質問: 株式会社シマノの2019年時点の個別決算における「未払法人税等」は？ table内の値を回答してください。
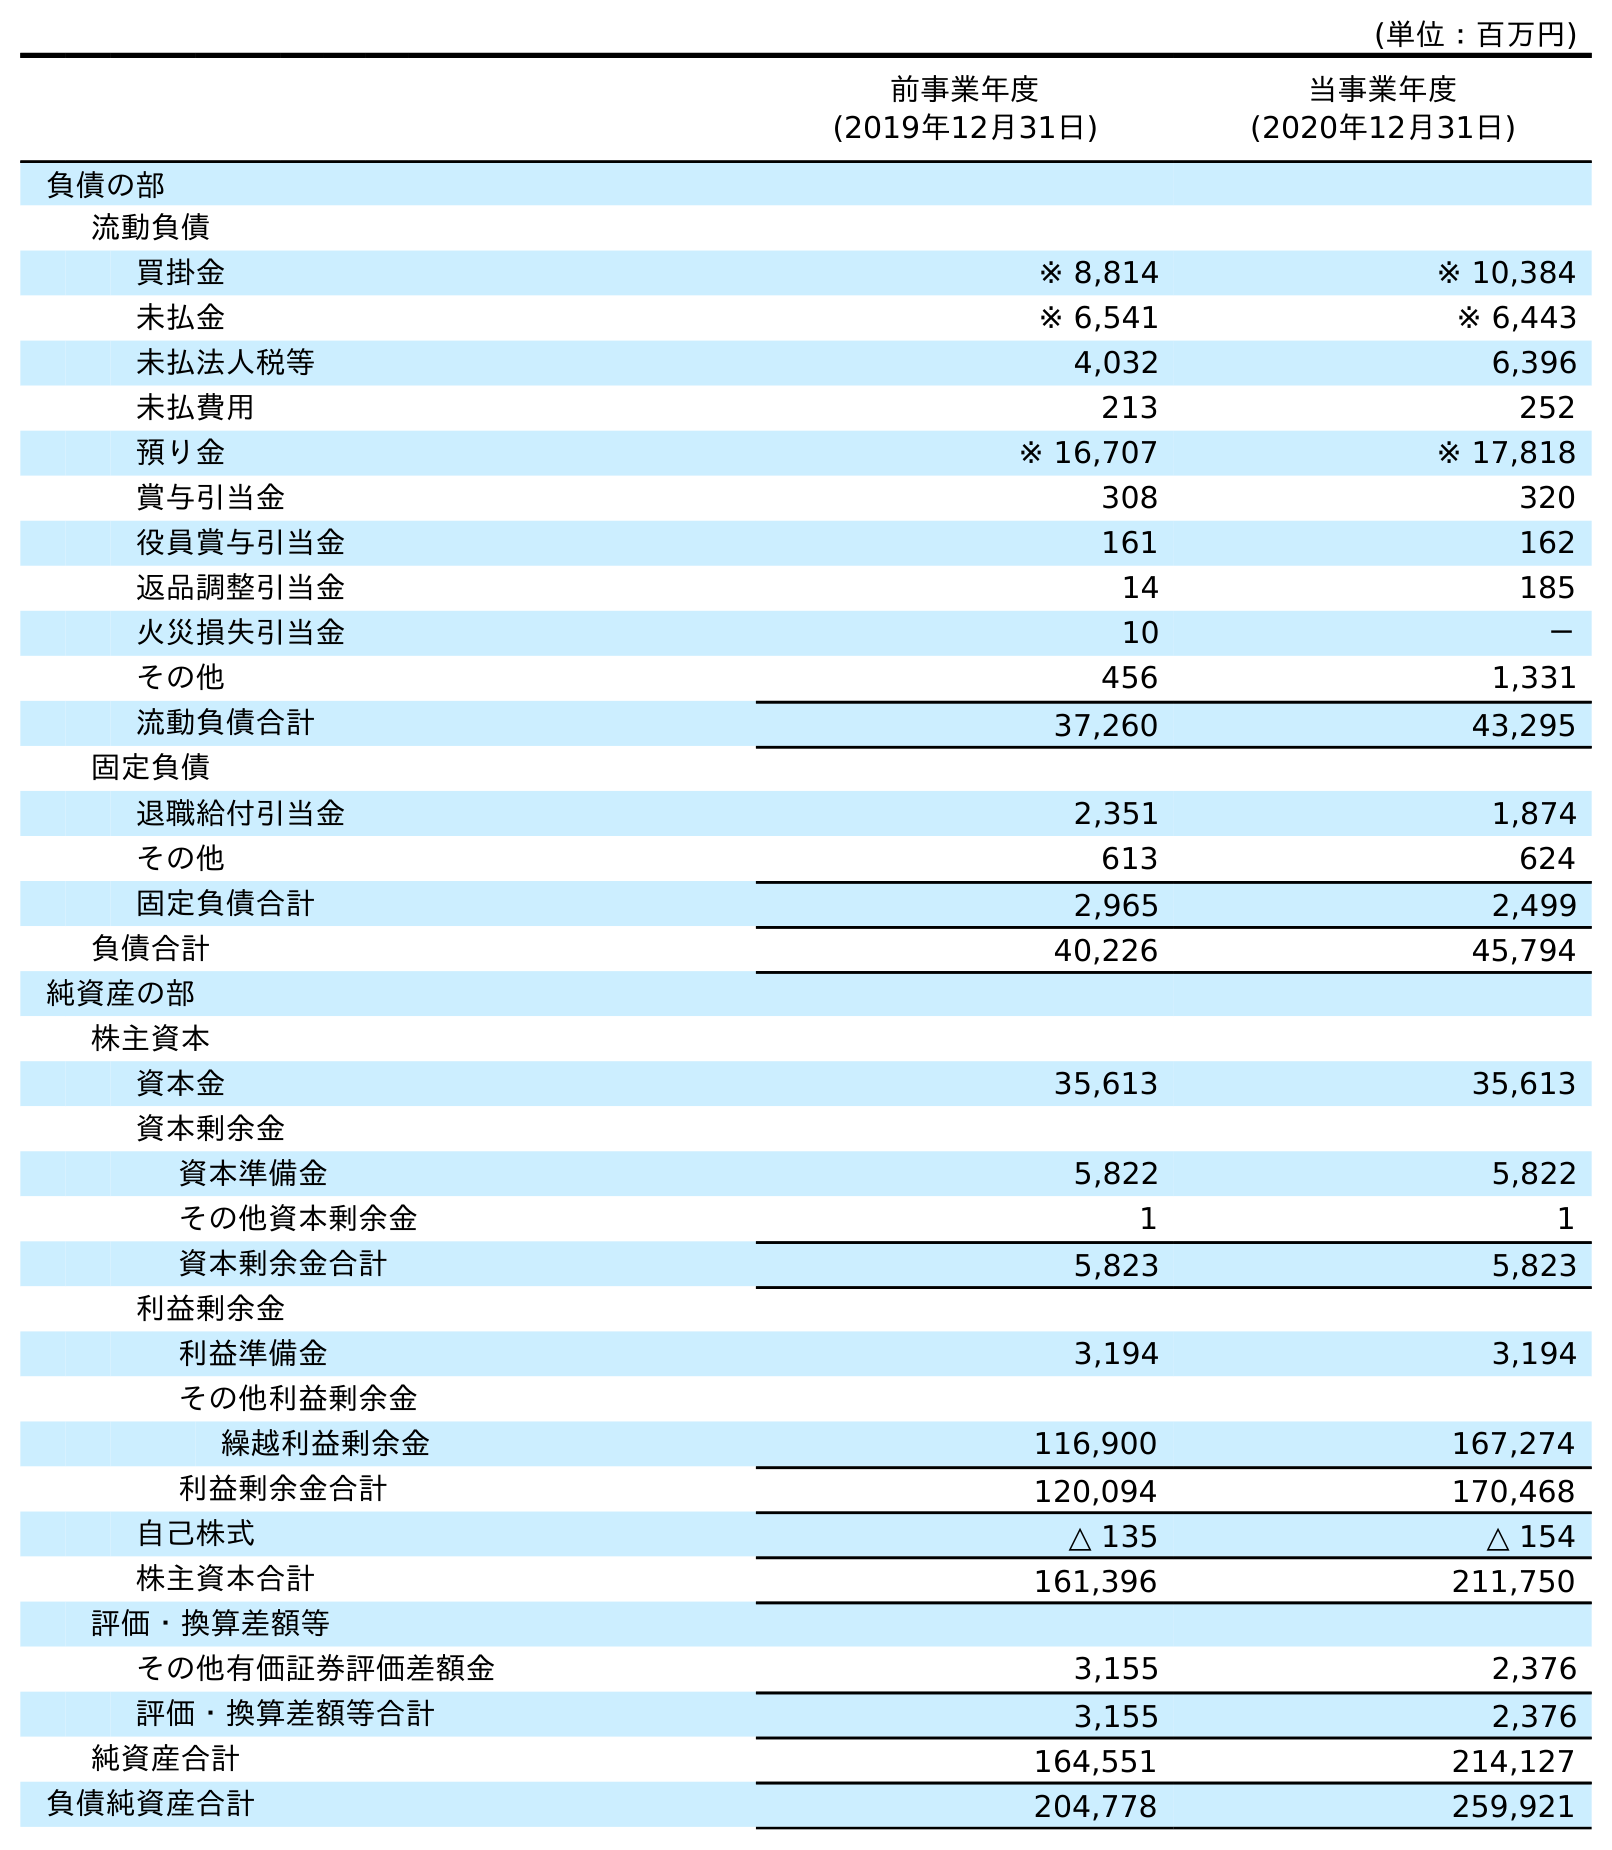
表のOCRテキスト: (単位：百万円) 前事業年度 (2019年12月31日) 当事業年度 (2020年12月31日) 負債の部 流動負債 買掛金 ※ 8,814 ※ 10,384 未払金 ※ 6,541 ※ 6,443 未払法人税等 4,032 6,396 未払費用 213 252 預り金 ※ 16,707 ※ 17,818 賞与引当金 308 320 役員賞与引当金 161 162 返品調整引当金 14 185 火災損失引当金 10 － その他 456 1,331 流動負債合計 37,260 43,295 固定負債 退職給付引当金 2,351 1,874 その他 613 624 固定負債合計 2,965 2,499 負債合計 40,226 45,794 純資産の部 株主資本 資本金 35,613 35,613 資本剰余金 資本準備金 5,822 5,822 その他資本剰余金 1 1 資本剰余金合計 5,823 5,823 利益剰余金 利益準備金 3,194 3,194 その他利益剰余金 繰越利益剰余金 116,900 167,274 利益剰余金合計 120,094 170,468 自己株式 △ 135 △ 154 株主資本合計 161,396 211,750 評価・換算差額等 その他有価証券評価差額金 3,155 2,376 評価・換算差額等合計 3,155 2,376 純資産合計 164,551 214,127 負債純資産合計 204,778 259,921
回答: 4,032